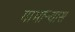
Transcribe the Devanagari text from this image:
गाभाऱ्यास